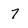
Character: 7